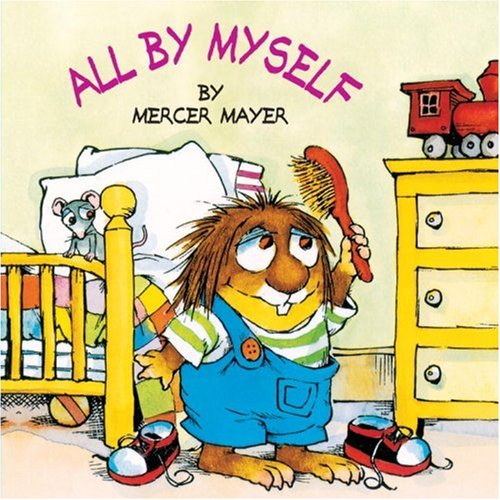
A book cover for All by Myself (Little Critter) (Look-Look); Mercer Mayer; Children's Books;